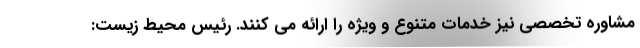
مشاوره تخصصی نیز خدمات متنوع و ویژه را ارائه می کنند. رئیس محیط زیست: